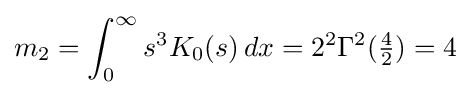
m_{2}=\int _{0}^{\infty }s^{3}K_{0}(s)\,dx=2^{2}\Gamma ^{2}({\tfrac {4}{2}})=4